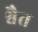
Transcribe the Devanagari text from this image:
श्वैत